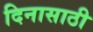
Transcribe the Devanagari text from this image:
दिनासाठी